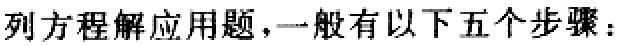
列方程解应用题，一般有以下五个步骤：